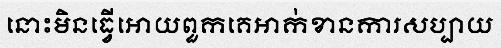
នោះមិនធ្វើអោយពួកគេអាក់ខានការសប្បាយ